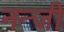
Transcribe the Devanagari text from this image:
नन्जी